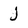
Character: j